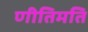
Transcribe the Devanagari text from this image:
णीतिमति